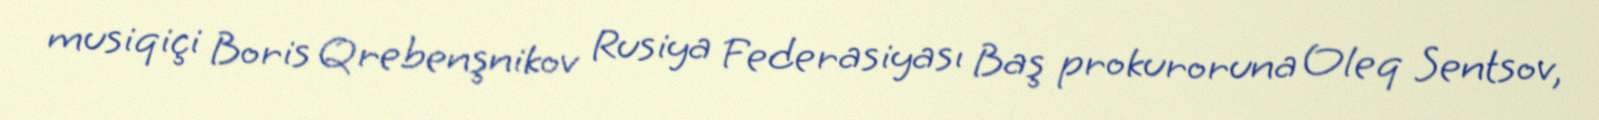
musiqiçi Boris Qrebenşnikov Rusiya Federasiyası Baş prokuroruna Oleq Sentsov,